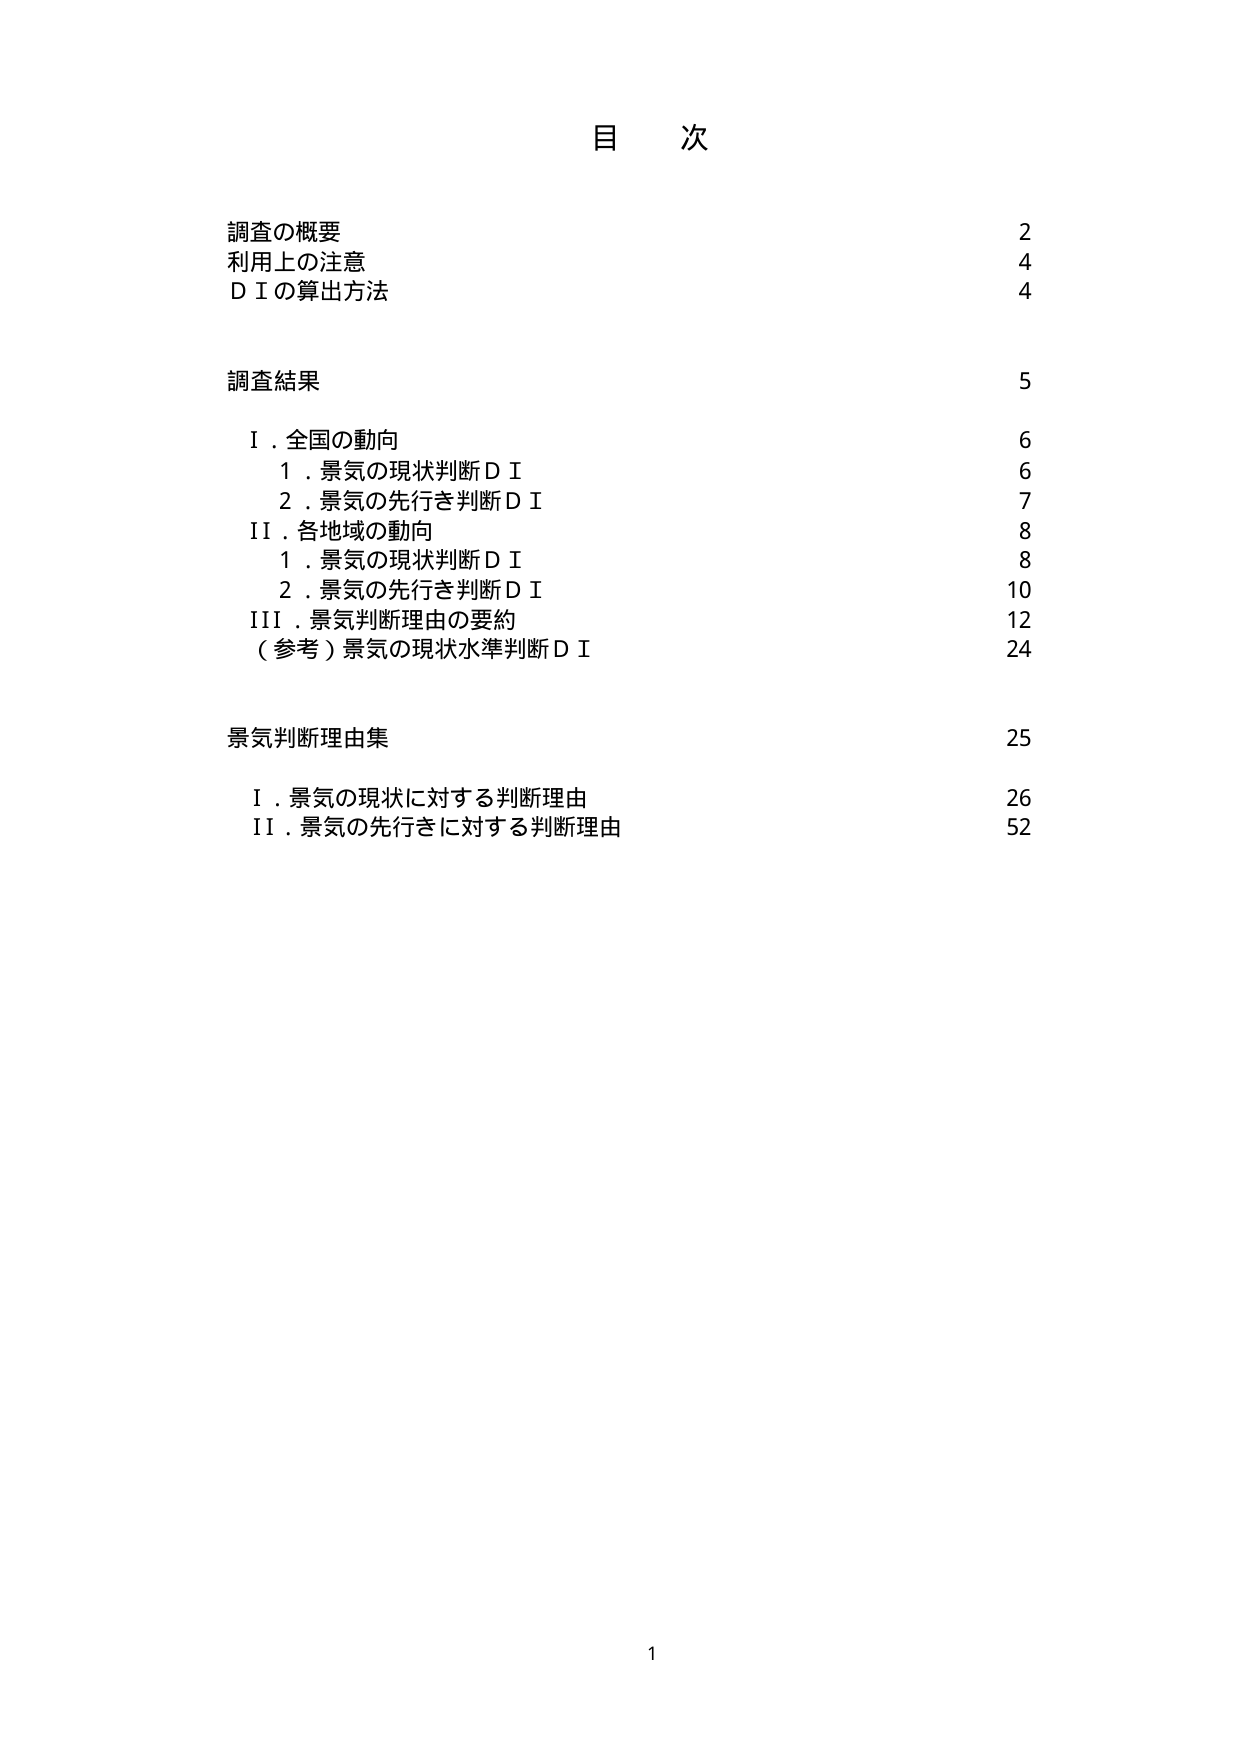
目 次

調査の概要 2
利用上の注意 4
ＤＩの算出方法 4

調査結果 5
　Ⅰ．全国の動向 6
　　１．景気の現状判断ＤＩ 6
　　２．景気の先行き判断ＤＩ 7
　Ⅱ．各地域の動向 8
　　１．景気の現状判断ＤＩ 8
　　２．景気の先行き判断ＤＩ 10
　Ⅲ．景気判断理由の要約 12
　（参考）景気の現状水準判断ＤＩ 24

景気判断理由集 25
　Ⅰ．景気の現状に対する判断理由 26
　Ⅱ．景気の先行きに対する判断理由 52

1